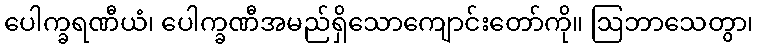
ပေါက္ခရဏီယံ၊ ပေါက္ခဏီအမည်ရှိသောကျောင်းတော်ကို။ ဩဘာသေတွာ၊